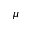
\mu